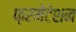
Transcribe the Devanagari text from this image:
फ़रमेंटेशन